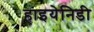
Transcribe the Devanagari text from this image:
हाइयेनिडी